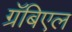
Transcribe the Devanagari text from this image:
ग्रॅबिएल